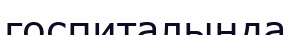
госпиталында